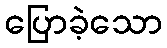
ပြောခဲ့သော